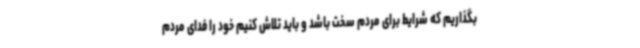
بگذاریم که شرایط برای مردم سخت باشد و باید تلاش کنیم خود را فدای مردم